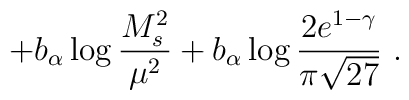
+ b_\alpha\log\frac{M_s^2}{\mu^2}+ b_\alpha \log\frac{2e^{1-\gamma}}{\pi\sqrt{27}} \ .